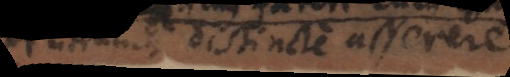
utrumque distincte asserere